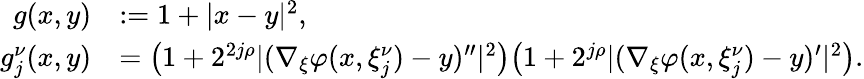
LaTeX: \begin{array}{rl}{g(x,y)}&{:=1+|x-y|^{2},}\\ {g_{j}^{\nu}(x,y)}&{=\big(1+2^{2j\rho}|(\nabla_{\xi}\varphi(x,\xi_{j}^{\nu})-y)^{\prime\prime}|^{2}\big)\big(1+2^{j\rho}|(\nabla_{\xi}\varphi(x,\xi_{j}^{\nu})-y)^{\prime}|^{2}\big).}\end{array}